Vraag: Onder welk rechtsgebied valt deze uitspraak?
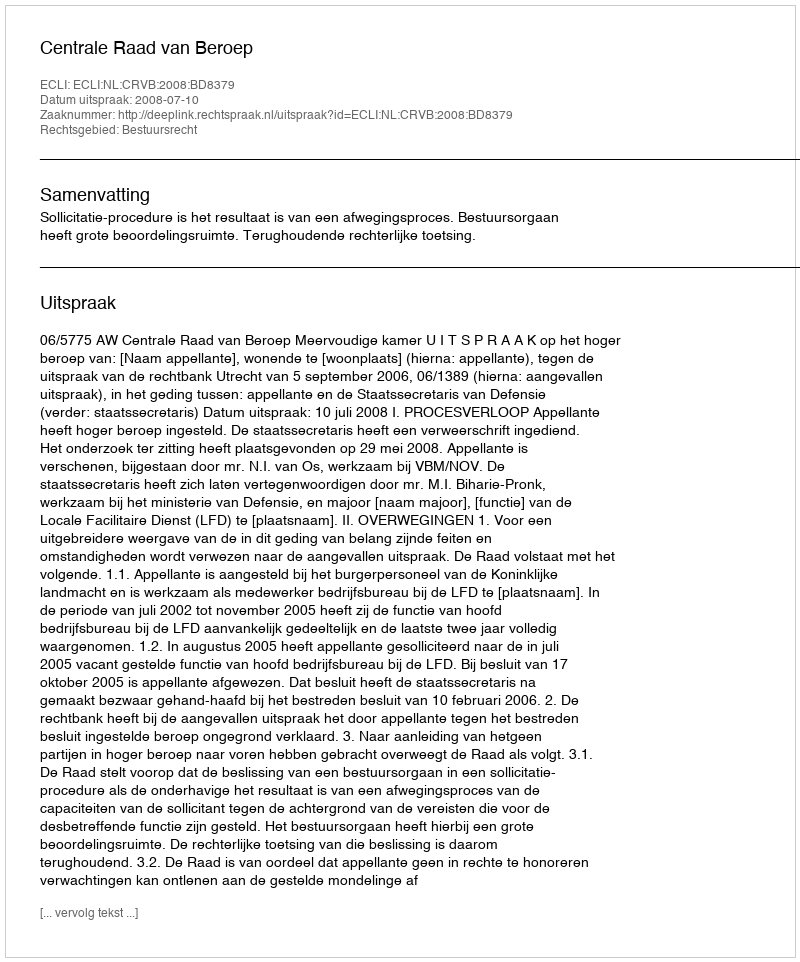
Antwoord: Bestuursrecht